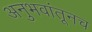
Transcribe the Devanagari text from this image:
अनुभवांतूनच